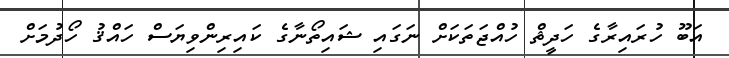
އަބޫ ހުރައިރާގެ ހަދީޘް ހުއްޖަތަކަށް ނަގައި ޝައިތޯނާގެ ކައިރިންވިޔަސް ހައްޤު ހޯދުމަށް